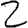
Digit: 2